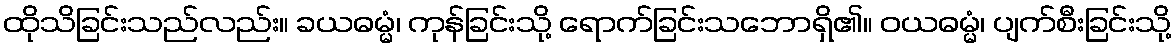
ထိုသိခြင်းသည်လည်း။ ခယဓမ္မံ၊ ကုန်ခြင်းသို့ ရောက်ခြင်းသဘောရှိ၏။ ဝယဓမ္မံ၊ ပျက်စီးခြင်းသို့